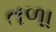
તળા